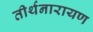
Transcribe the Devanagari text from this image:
तीर्थनारायण